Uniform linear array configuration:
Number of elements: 8
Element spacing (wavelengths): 0.75
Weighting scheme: hann
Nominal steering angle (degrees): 15
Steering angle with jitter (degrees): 16.807
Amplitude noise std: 0.05
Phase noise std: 0.05

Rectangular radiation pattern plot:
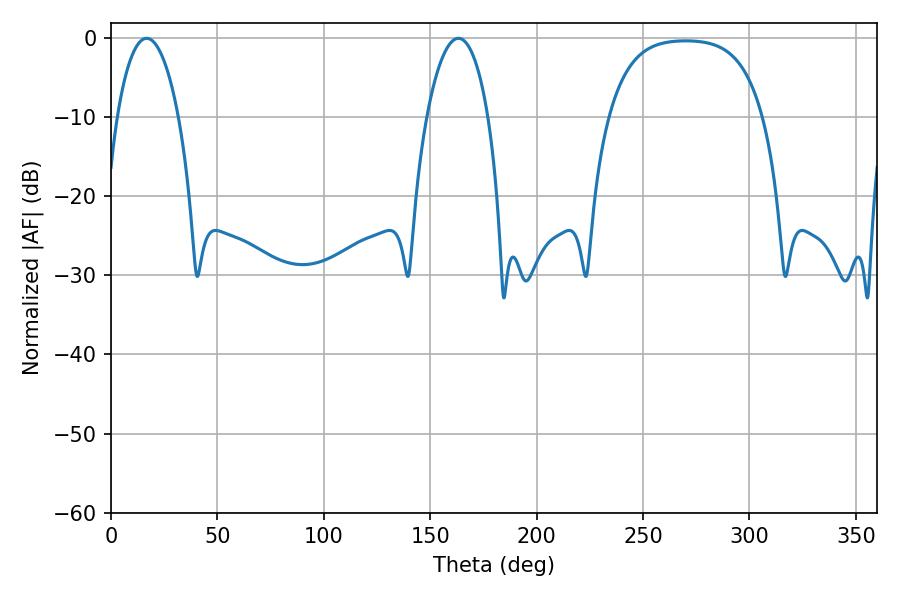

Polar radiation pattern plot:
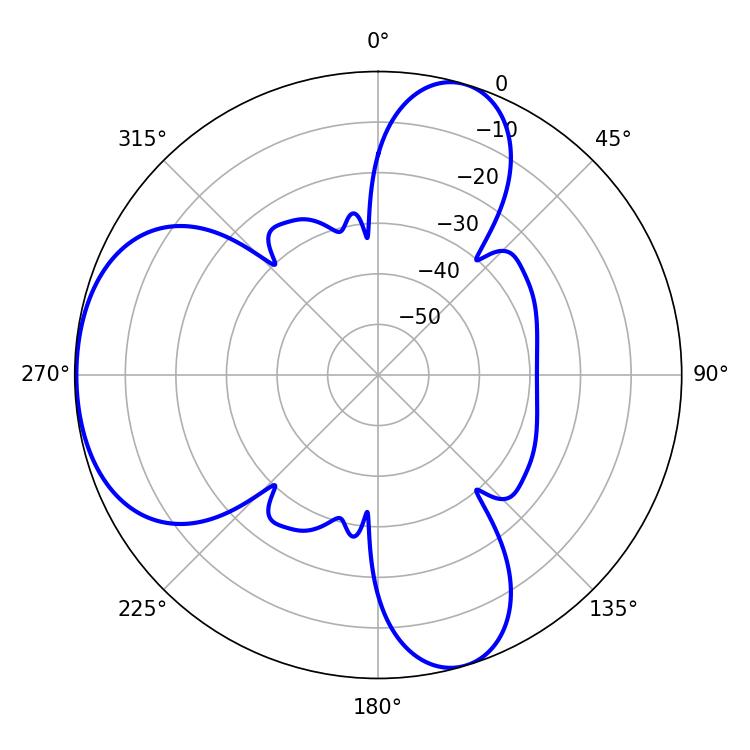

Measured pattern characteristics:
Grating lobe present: TRUE
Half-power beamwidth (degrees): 16.2
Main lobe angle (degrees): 16.74